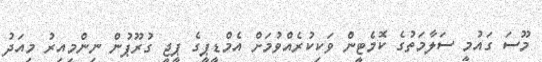
މޫސަ ގައުމީ ސަލާމަތުގެ ކޮމެޓީން ވަކިކުރެއްވުމަށް އެމްޑީޕީގެ ޕީޖީ ގުރޫޕުން ނިންމިއިރު މިއަދު